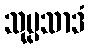
သုပ္ပသာဒံ